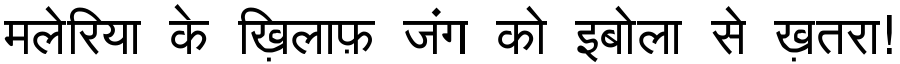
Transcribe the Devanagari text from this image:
मलेरिया के ख़िलाफ़ जंग को इबोला से ख़तरा!